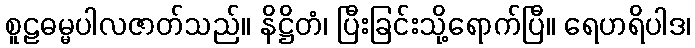
စူဠဓမ္မပါလဇာတ်သည်။ နိဋ္ဌိတံ၊ ပြီးခြင်းသို့ရောက်ပြီ။ ရေဟရိပါဒ၊